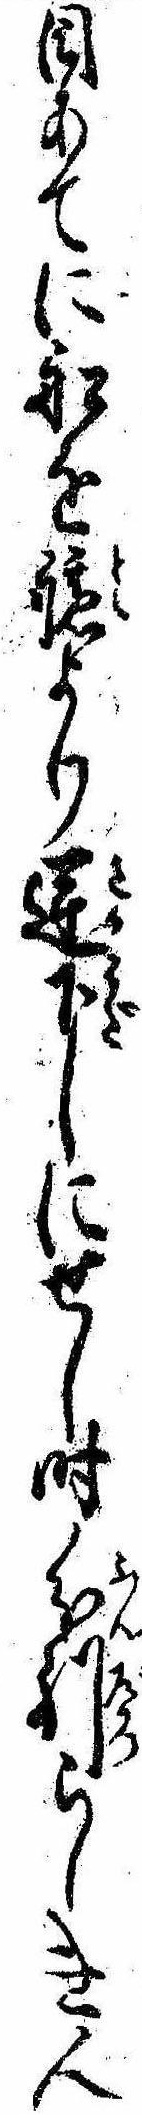
目あてに船を艫より逆下しにせし時分別らしき人